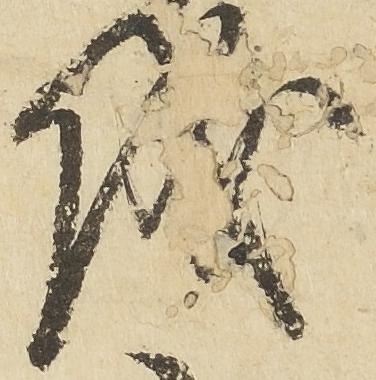
儀